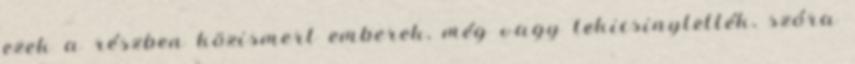
ezek a részben köz­is­mert emberek, még vagy lekicsinylették, szóra